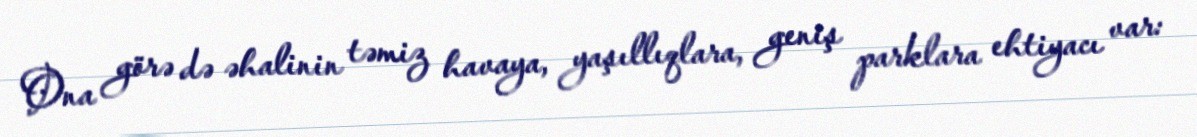
Ona görə də əhalinin təmiz havaya, yaşıllıqlara, geniş parklara ehtiyacı var: